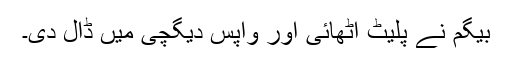
بیگم نے پلیٹ اٹھائی اور واپس دیگچی میں ڈال دی۔